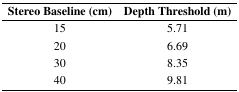
<table><thead><tr><td><b>Stereo Baseline (cm)</b></td><td><b>Depth Threshold (m)</b></td></tr></thead><tbody><tr><td>15</td><td>5.71</td></tr><tr><td>20</td><td>6.69</td></tr><tr><td>30</td><td>8.35</td></tr><tr><td>40</td><td>9.81</td></tr></tbody></table>